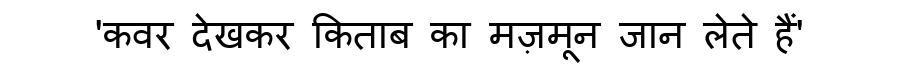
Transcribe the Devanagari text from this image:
'कवर देखकर किताब का मज़मून जान लेते हैं'